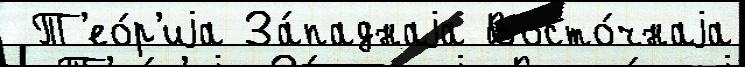
 Т'ео́р'иjа За́паднаjа Восто́чнаjа